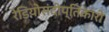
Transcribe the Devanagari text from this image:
रेडियोसंदीप्तिकारी